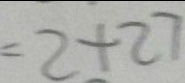
= 2 + 2 7